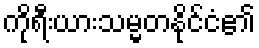
ကိုရီးယားသမ္မတနိုင်ငံ၏